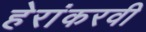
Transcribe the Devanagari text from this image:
हेरांकरवी